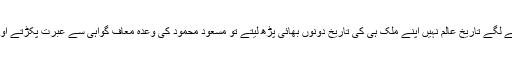
جن پہ تکیہ تھا وہی پتے ہوا دینے لگے تاریخ عالم نہیں اپنے ملک ہی کی تاریخ دونوں بھائی پڑھ لیتے تو مسعود محمود کی وعدہ معاف گواہی سے عبرت پکڑتے اور اپنے آپ کو مخمور نہ کرتے۔